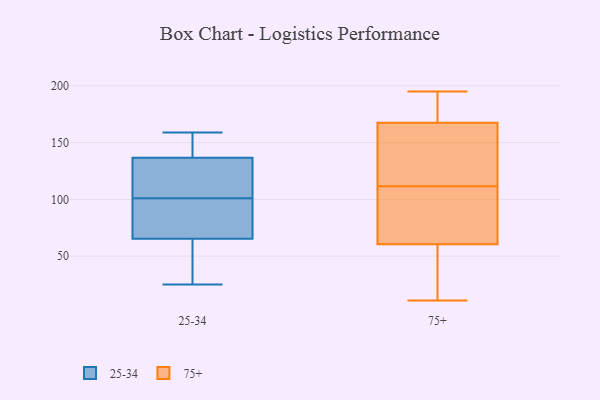
{"axis": {"x": "Page Views", "y": "Value"}, "legend": ["25-34", "75+"], "data": [{"x": "", "y": 159, "type": "25-34"}, {"x": "", "y": 110, "type": "25-34"}, {"x": "", "y": 112, "type": "25-34"}, {"x": "", "y": 78, "type": "25-34"}, {"x": "", "y": 136, "type": "25-34"}, {"x": "", "y": 137, "type": "25-34"}, {"x": "", "y": 95, "type": "25-34"}, {"x": "", "y": 158, "type": "25-34"}, {"x": "", "y": 61, "type": "25-34"}, {"x": "", "y": 150, "type": "25-34"}, {"x": "", "y": 60, "type": "25-34"}, {"x": "", "y": 101, "type": "25-34"}, {"x": "", "y": 25, "type": "25-34"}, {"x": "", "y": 27, "type": "25-34"}, {"x": "", "y": 80, "type": "25-34"}, {"x": "", "y": 27, "type": "75+"}, {"x": "", "y": 107, "type": "75+"}, {"x": "", "y": 116, "type": "75+"}, {"x": "", "y": 65, "type": "75+"}, {"x": "", "y": 195, "type": "75+"}, {"x": "", "y": 91, "type": "75+"}, {"x": "", "y": 169, "type": "75+"}, {"x": "", "y": 56, "type": "75+"}, {"x": "", "y": 173, "type": "75+"}, {"x": "", "y": 41, "type": "75+"}, {"x": "", "y": 167, "type": "75+"}, {"x": "", "y": 130, "type": "75+"}, {"x": "", "y": 11, "type": "75+"}, {"x": "", "y": 70, "type": "75+"}, {"x": "", "y": 138, "type": "75+"}, {"x": "", "y": 168, "type": "75+"}]}